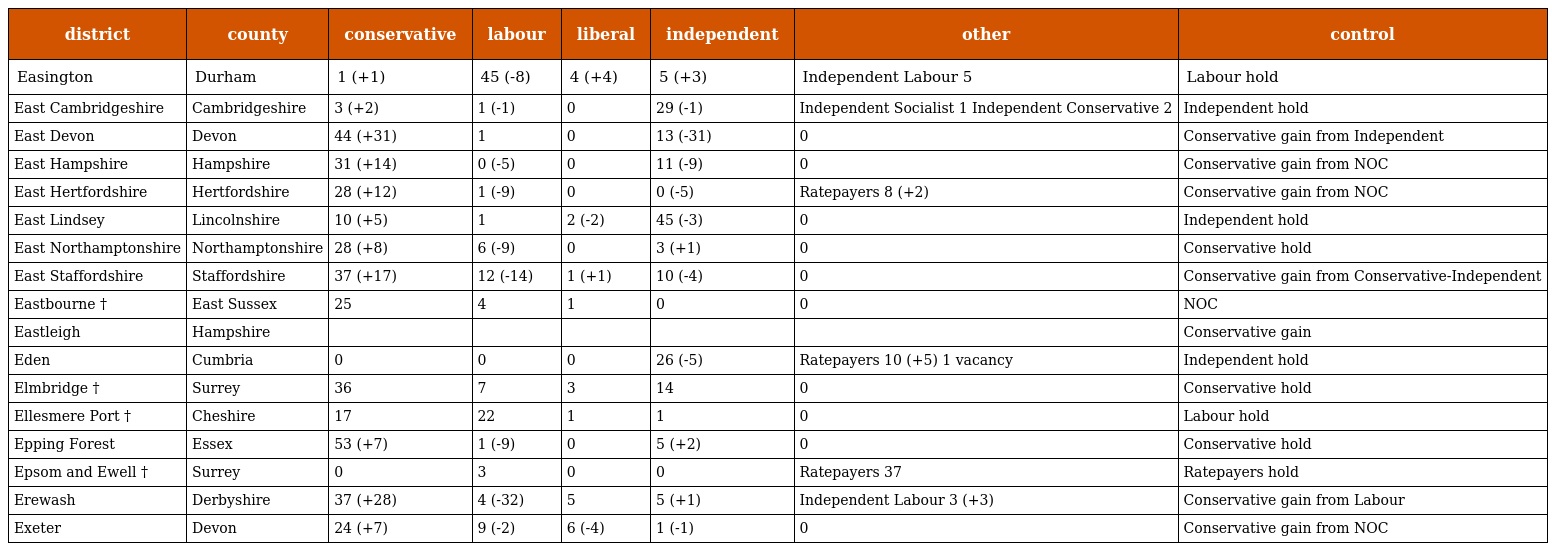
| district | county | conservative | labour | liberal | independent | other | control |
 | --- | --- | --- | --- | --- | --- | --- | --- |
 | Easington | Durham | 1 (+1) | 45 (-8) | 4 (+4) | 5 (+3) | Independent Labour 5 | Labour hold |
 | East Cambridgeshire | Cambridgeshire | 3 (+2) | 1 (-1) | 0 | 29 (-1) | Independent Socialist 1 Independent Conservative 2 | Independent hold |
 | East Devon | Devon | 44 (+31) | 1 | 0 | 13 (-31) | 0 | Conservative gain from Independent |
 | East Hampshire | Hampshire | 31 (+14) | 0 (-5) | 0 | 11 (-9) | 0 | Conservative gain from NOC |
 | East Hertfordshire | Hertfordshire | 28 (+12) | 1 (-9) | 0 | 0 (-5) | Ratepayers 8 (+2) | Conservative gain from NOC |
 | East Lindsey | Lincolnshire | 10 (+5) | 1 | 2 (-2) | 45 (-3) | 0 | Independent hold |
 | East Northamptonshire | Northamptonshire | 28 (+8) | 6 (-9) | 0 | 3 (+1) | 0 | Conservative hold |
 | East Staffordshire | Staffordshire | 37 (+17) | 12 (-14) | 1 (+1) | 10 (-4) | 0 | Conservative gain from Conservative-Independent |
 | Eastbourne † | East Sussex | 25 | 4 | 1 | 0 | 0 | NOC |
 | Eastleigh | Hampshire |  |  |  |  |  | Conservative gain |
 | Eden | Cumbria | 0 | 0 | 0 | 26 (-5) | Ratepayers 10 (+5) 1 vacancy | Independent hold |
 | Elmbridge † | Surrey | 36 | 7 | 3 | 14 | 0 | Conservative hold |
 | Ellesmere Port † | Cheshire | 17 | 22 | 1 | 1 | 0 | Labour hold |
 | Epping Forest | Essex | 53 (+7) | 1 (-9) | 0 | 5 (+2) | 0 | Conservative hold |
 | Epsom and Ewell † | Surrey | 0 | 3 | 0 | 0 | Ratepayers 37 | Ratepayers hold |
 | Erewash | Derbyshire | 37 (+28) | 4 (-32) | 5 | 5 (+1) | Independent Labour 3 (+3) | Conservative gain from Labour |
 | Exeter | Devon | 24 (+7) | 9 (-2) | 6 (-4) | 1 (-1) | 0 | Conservative gain from NOC |